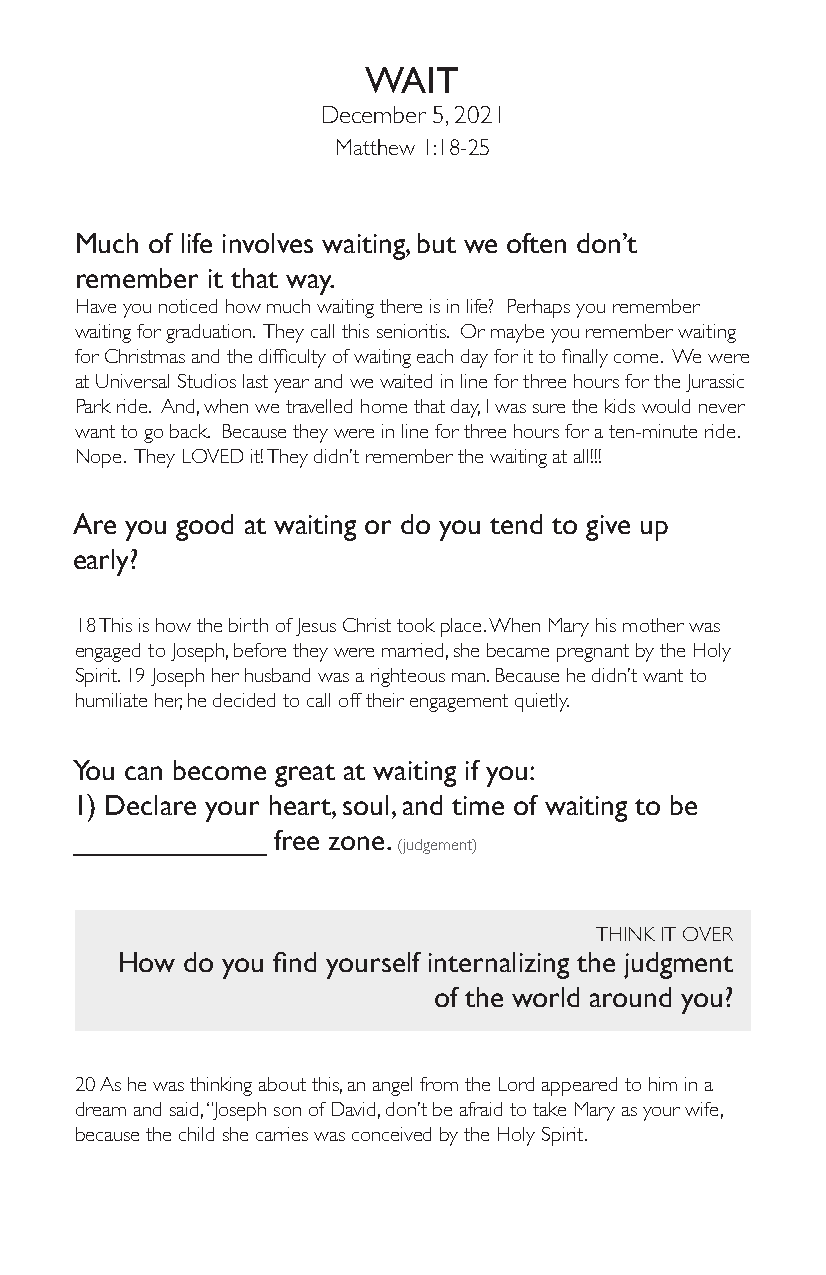
WAIT
 December 5, 2021
 Matthew 1:18-25
 Much of life involves waiting, but we often don’t
 remember it that way.
 Have you noticed how much waiting there is in life? Perhaps you remember
 waiting for graduation. They call this senioritis. Or maybe you remember waiting
 for Christmas and the difficulty of waiting each day for it to finally come. We were
 at Universal Studios last year and we waited in line for three hours for the Jurassic
 Park ride. And, when we travelled home that day, I was sure the kids would never
 want to go back. Because they were in line for three hours for a ten-minute ride.
 Nope. They LOVED it! They didn’t remember the waiting at all!!!
 Are you good at waiting or do you tend to give up
 early?
 18 This is how the birth of Jesus Christ took place. When Mary his mother was
 engaged to Joseph, before they were married, she became pregnant by the Holy
 Spirit. 19 Joseph her husband was a righteous man. Because he didn’t want to
 humiliate her, he decided to call off their engagement quietly.
 You can become great at waiting if you:
 1) Declare your heart, soul, and time of waiting to be
 ____________ free zone.
 (judgement)
 THINK IT OVER
 How do you find yourself internalizing the judgment
 of the world around you?
 20 As he was thinking about this, an angel from the Lord appeared to him in a
 dream and said, “Joseph son of David, don’t be afraid to take Mary as your wife,
 because the child she carries was conceived by the Holy Spirit.